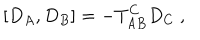
\left[ D _ { A } , D _ { B } \right] = - T _ { A B } ^ { C } D _ { C } \ ,